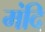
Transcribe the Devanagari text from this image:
मंदि